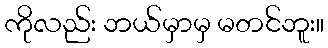
ကိုလည်း ဘယ်မှာမှ မတင်ဘူး။